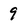
Character: 9